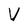
Character: V